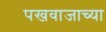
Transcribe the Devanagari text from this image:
पखवाजाच्या